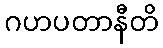
ဂဟပတာနီတိ